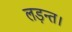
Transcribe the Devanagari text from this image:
लड़न्त।